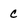
Character: C